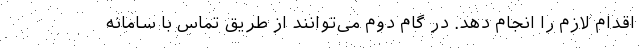
اقدام لازم را انجام دهد. در گام دوم می‌توانند از طریق تماس با سامانه